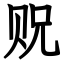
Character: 贶